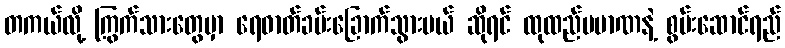
တကယ်လို့ ကြွက်သားတွေမှာ ရေဓာတ်ခမ်းခြောက်သွားမယ် ဆိုရင် ထုထည်ပမာဏနဲ့ စွမ်းဆောင်ရည်